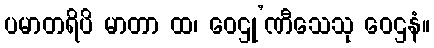
ပမာတရိပိ မာတာ ထ၊ ဝေဌု’ဏီသေသု ဝေဌနံ။